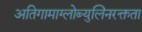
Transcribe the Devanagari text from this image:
अतिगामाग्लोब्युलिनरक्तता